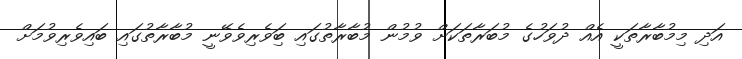
އަދި މިމުބާރާތަކީ އެއް ދުވަހުގެ މުބަރާތަކަށް ވުމުން މުބާރާތުގައި ބަިވެރިވެވޭނީ މުބާރާތުގައި ބައިވެރިވުމަށް